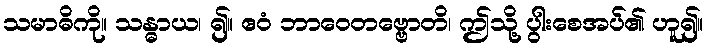
သမာဓိကို။ သန္ဓာယ၊ ၍။ ဧဝံ ဘာဝေတဗ္ဗောတိ၊ ဤသို့ ပွါးစေအပ်၏ ဟူ၍။